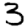
Digit: 3